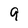
Character: 9